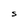
Character: S